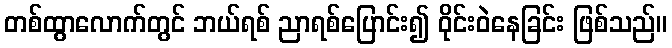
တစ်ထွာလောက်တွင် ဘယ်ရစ် ညာရစ်ပြောင်း၍ ဝိုင်းဝဲနေခြင်း ဖြစ်သည်။